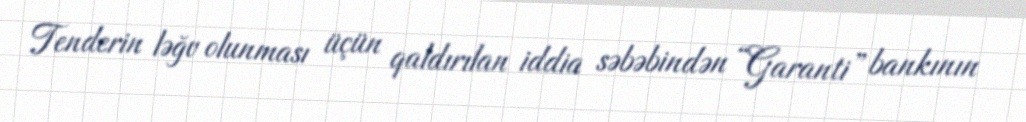
Tenderin ləğv olunması üçün qaldırılan iddia səbəbindən “Garanti” bankının